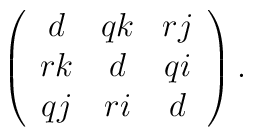
\left(\begin{array}{ccc}d&qk&rj\\rk&d&qi\\qj&ri&d\end{array}\right).